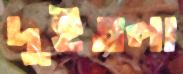
দুইতলা